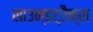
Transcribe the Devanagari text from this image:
साउन्डट्रैक्स